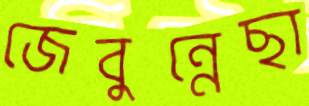
জেবুন্নেছা